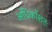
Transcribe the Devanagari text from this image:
अधिकाँशतः